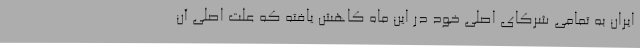
ایران به تمامی شرکای اصلی خود در این ماه کاهش یافته که علت اصلی آن